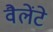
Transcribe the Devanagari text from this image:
वैलेंटे